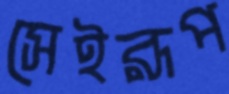
সেইরূপ